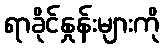
ရာခိုင်နှုန်းများကို